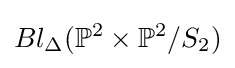
Bl_{\Delta }(\mathbb {P} ^{2}\times \mathbb {P} ^{2}/S_{2})